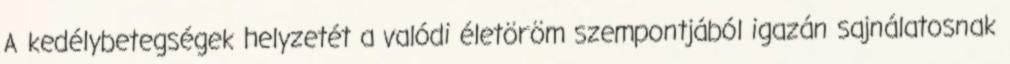
A kedélybetegségek helyzetét a valódi életöröm szempontjából igazán sajnálatosnak